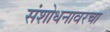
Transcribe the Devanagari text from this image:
संशोधनावरचा